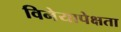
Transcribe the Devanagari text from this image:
विनेयापेक्षता